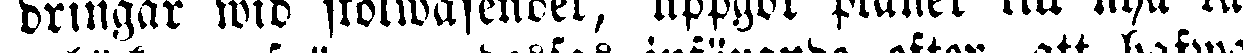
dringar wid skolwäsendet, uppgör planer till nya lä-